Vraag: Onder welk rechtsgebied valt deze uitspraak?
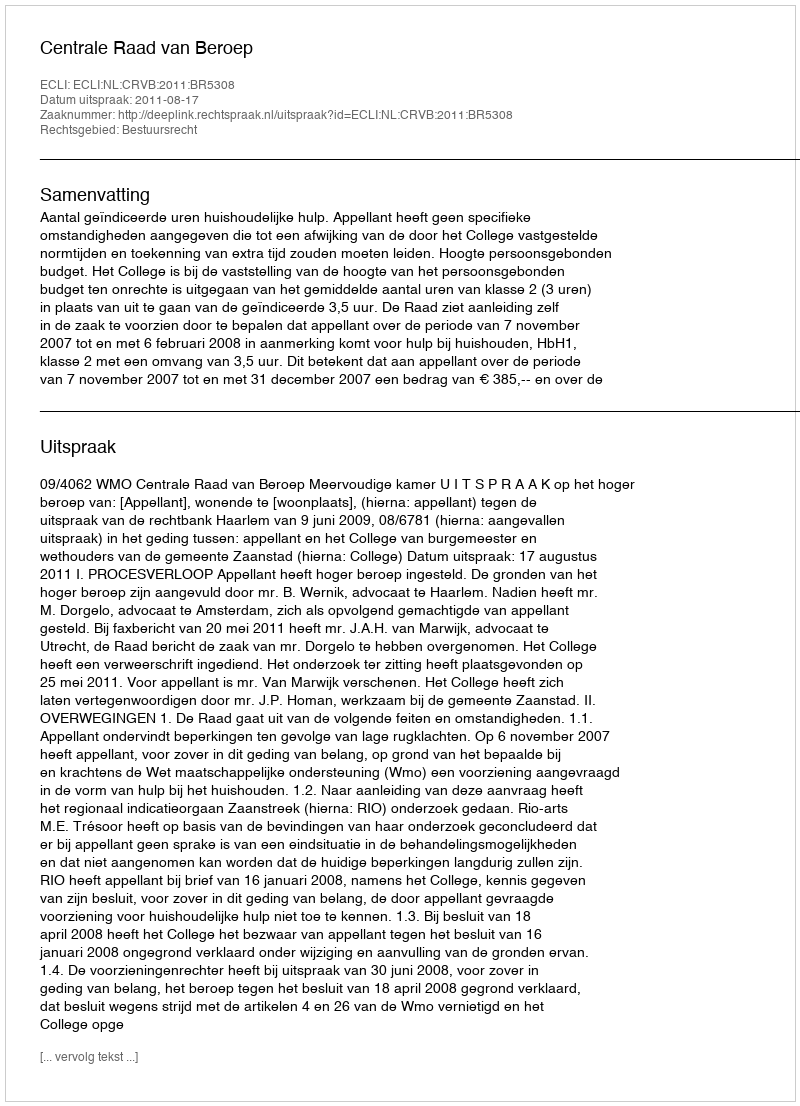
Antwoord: Bestuursrecht